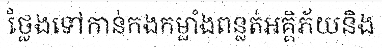
ថ្លែងទៅកាន់កងកម្លាំងពន្លត់អគ្គិភ័យនិង